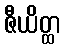
ဇီယိတ္ထ